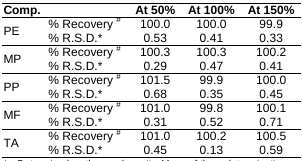
| Comp. |  | At 50% | At 100% | At 150% |
 | --- | --- | --- | --- | --- |
 | <ROWSPAN=2> PE | % Recovery # | 100.0 | 100.0 | 99.9 |
 | % R.S.D.* | 0.53 | 0.41 | 0.33 |
 | <ROWSPAN=2> MP | % Recovery # | 100.3 | 100.3 | 100.2 |
 | % R.S.D.* | 0.29 | 0.47 | 0.41 |
 | <ROWSPAN=2> PP | % Recovery # | 101.5 | 99.9 | 100.0 |
 | % R.S.D.* | 0.68 | 0.35 | 0.45 |
 | <ROWSPAN=2> MF | % Recovery # | 101.0 | 99.8 | 100.1 |
 | % R.S.D.* | 0.31 | 0.52 | 0.71 |
 | <ROWSPAN=2> TA | % Recovery # | 101.0 | 100.2 | 100.5 |
 | % R.S.D.* | 0.45 | 0.13 | 0.59 |